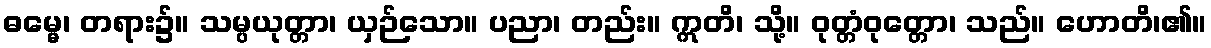
ဓမ္မေ၊ တရား၌။ သမ္ပယုတ္တာ၊ ယှဉ်သော။ ပညာ၊ တည်း။ ဣတိ၊ သို့။ ဝုတ္တံဝုတ္တော၊ သည်။ ဟောတိ၊၏။